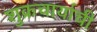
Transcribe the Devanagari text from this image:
शुक्रचार्याची